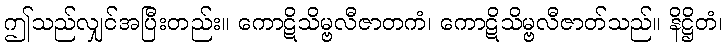
ဤသည်လျှင်အပြီးတည်း။ ကောဋိသိမ္ဗလီဇာတကံ၊ ကောဋိသိမ္ဗလီဇာတ်သည်။ နိဋ္ဌိတံ၊